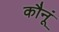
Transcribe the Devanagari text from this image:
कौनूं